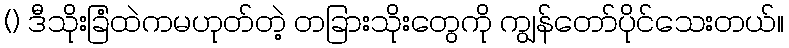
() ဒီသိုးခြံထဲကမဟုတ်တဲ့ တခြားသိုးတွေကို ကျွန်တော်ပိုင်သေးတယ်။